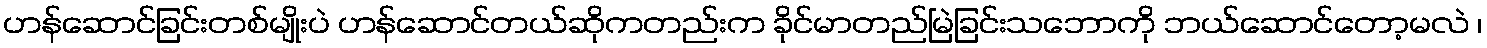
ဟန်ဆောင်ခြင်းတစ်မျိုးပဲ ဟန်ဆောင်တယ်ဆိုကတည်းက ခိုင်မာတည်မြဲခြင်းသဘောကို ဘယ်ဆောင်တော့မလဲ ၊